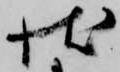
状